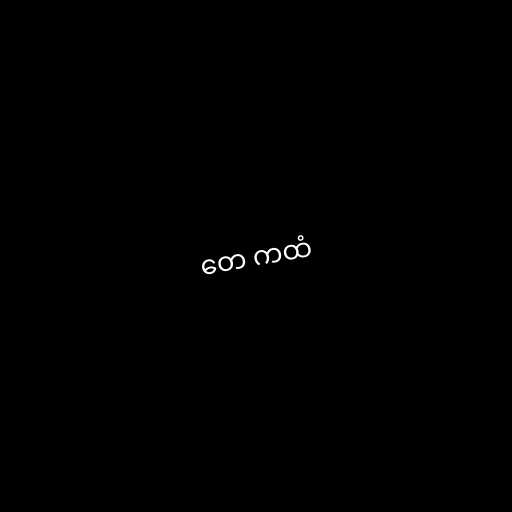
တေ ကထံ